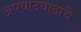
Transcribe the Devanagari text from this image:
अपवादवादाचे